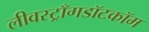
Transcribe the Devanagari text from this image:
लीवस्ट्राँगडॉटकॉम